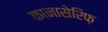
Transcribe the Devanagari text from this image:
कानासेरिफ़